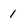
Character: 1